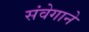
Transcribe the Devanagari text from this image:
संवेगाने